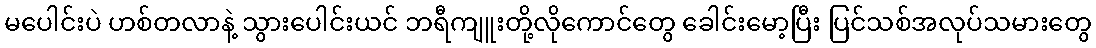
မပေါင်းပဲ ဟစ်တလာနဲ့ သွားပေါင်းယင် ဘရီကျူးတို့လိုကောင်တွေ ခေါင်းမော့ပြီး ပြင်သစ်အလုပ်သမားတွေ